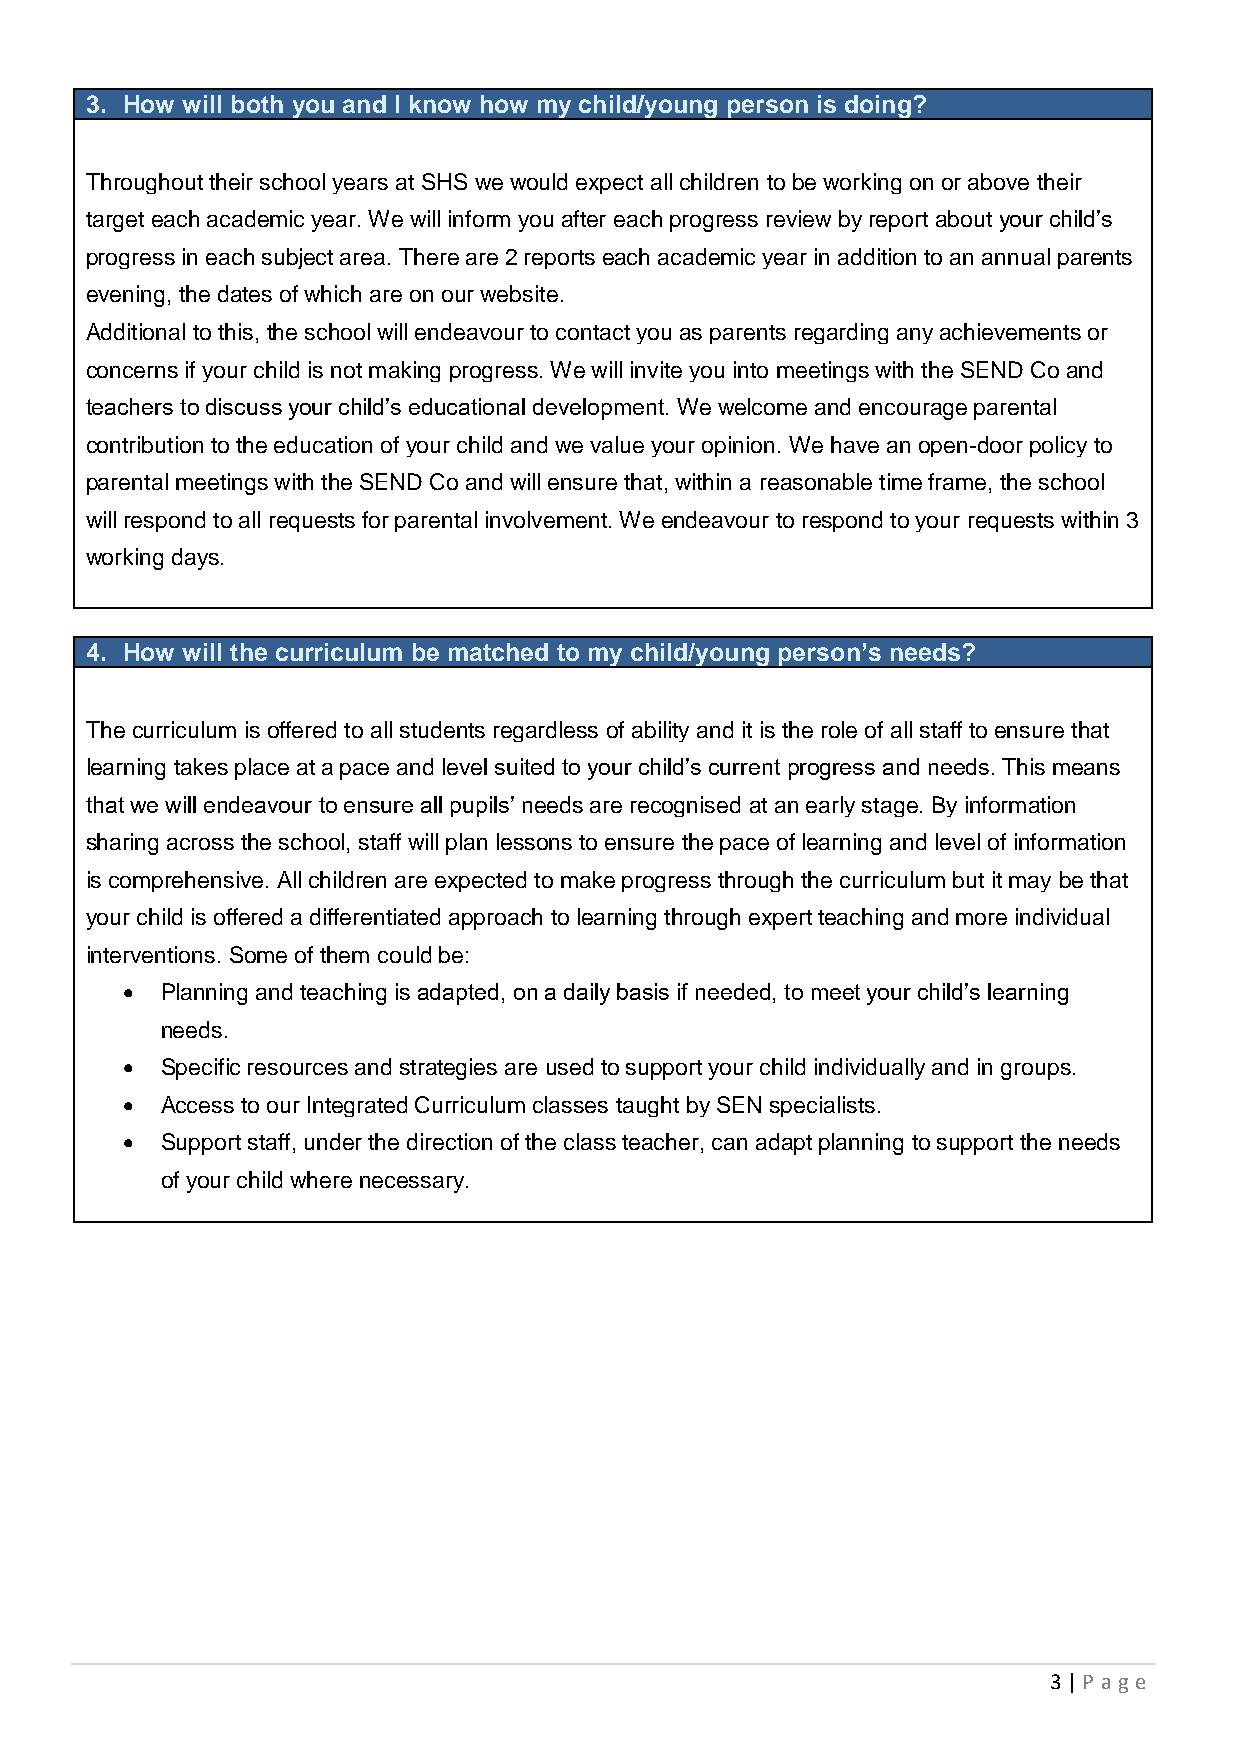
3. How will both you and I know how my child/young person is doing?
 •
 •  Throughout their school years at SHS we would expect all children to be working on or above their
 target each academic year. We will inform you after each progress review by report about your child’s
 progress in each subject area. There are 2 reports each academic year in addition to an annual parents
 evening, the dates of which are on our website.
 •  Additional to this, the school will endeavour to contact you as parents regarding any achievements or
 concerns if your child is not making progress. We will invite you into meetings with the SEND Co and
 teachers to discuss your child’s educational development. We welcome and encourage parental
 contribution to the education of your child and we value your opinion. We have an open-door policy to
 parental meetings with the SEND Co and will ensure that, within a reasonable time frame, the school
 will respond to all requests for parental involvement. We endeavour to respond to your requests within 3
 working days.
 •
 4. How will the curriculum be matched to my child/young person’s needs?
 The curriculum is offered to all students regardless of ability and it is the role of all staff to ensure that
 learning takes place at a pace and level suited to your child’s current progress and needs. This means
 that we will endeavour to ensure all pupils’ needs are recognised at an early stage. By information
 sharing across the school, staff will plan lessons to ensure the pace of learning and level of information
 is comprehensive. All children are expected to make progress through the curriculum but it may be that
 your child is offered a differentiated approach to learning through expert teaching and more individual
 interventions. Some of them could be:
 •  Planning and teaching is adapted, on a daily basis if needed, to meet your child’s learning
 needs.
 •  Specific resources and strategies are used to support your child individually and in groups.
 •  Access to our Integrated Curriculum classes taught by SEN specialists.
 •  Support staff, under the direction of the class teacher, can adapt planning to support the needs
 of your child where necessary.
 3 | P age